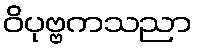
ဝိပုဗ္ဗကသညာ